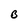
Character: B